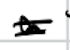
Text: a
Cross-out: double-line
Writing tool: digital_black